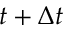
t + \Delta t